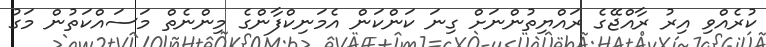
ކުރެއްވި އިރު ރާއްޖޭގެ ރައްޔިތުންނަށް ގިނަ ކަންކަން އެމަނިކްފާންގެ މިންނެތް މަސައްކަތުން މަގު